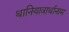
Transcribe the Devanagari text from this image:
थानियावार्थानाम